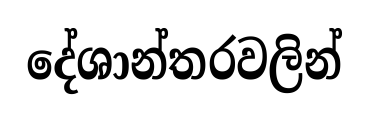
දේශාන්තරවලින්